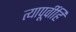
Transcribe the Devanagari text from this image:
त्यापूर्वीहि